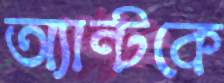
অ্যান্টকে